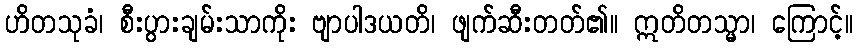
ဟိတသုခံ၊ စီးပွားချမ်းသာကိုး ဗျာပါဒယတိ၊ ဖျက်ဆီးတတ်၏။ ဣတိတသ္မာ၊ ကြောင့်။